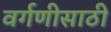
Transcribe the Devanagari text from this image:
वर्गणीसाठी